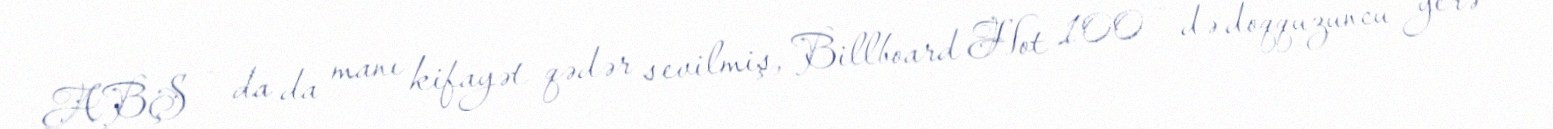
ABŞ – da da manı kifayət qədər sevilmiş, Billboard Hot 100 – də doqquzuncu yerə